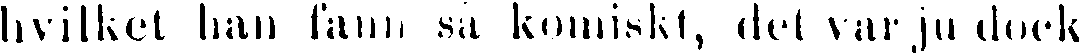
hvilket han fann så komiskt, det varju dock